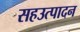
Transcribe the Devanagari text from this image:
सहउत्पादन